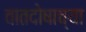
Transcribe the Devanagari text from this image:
वातदोषाच्या